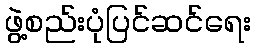
ဖွဲ့စည်းပုံပြင်ဆင်ရေး